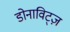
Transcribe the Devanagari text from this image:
डोनाविट्ज़